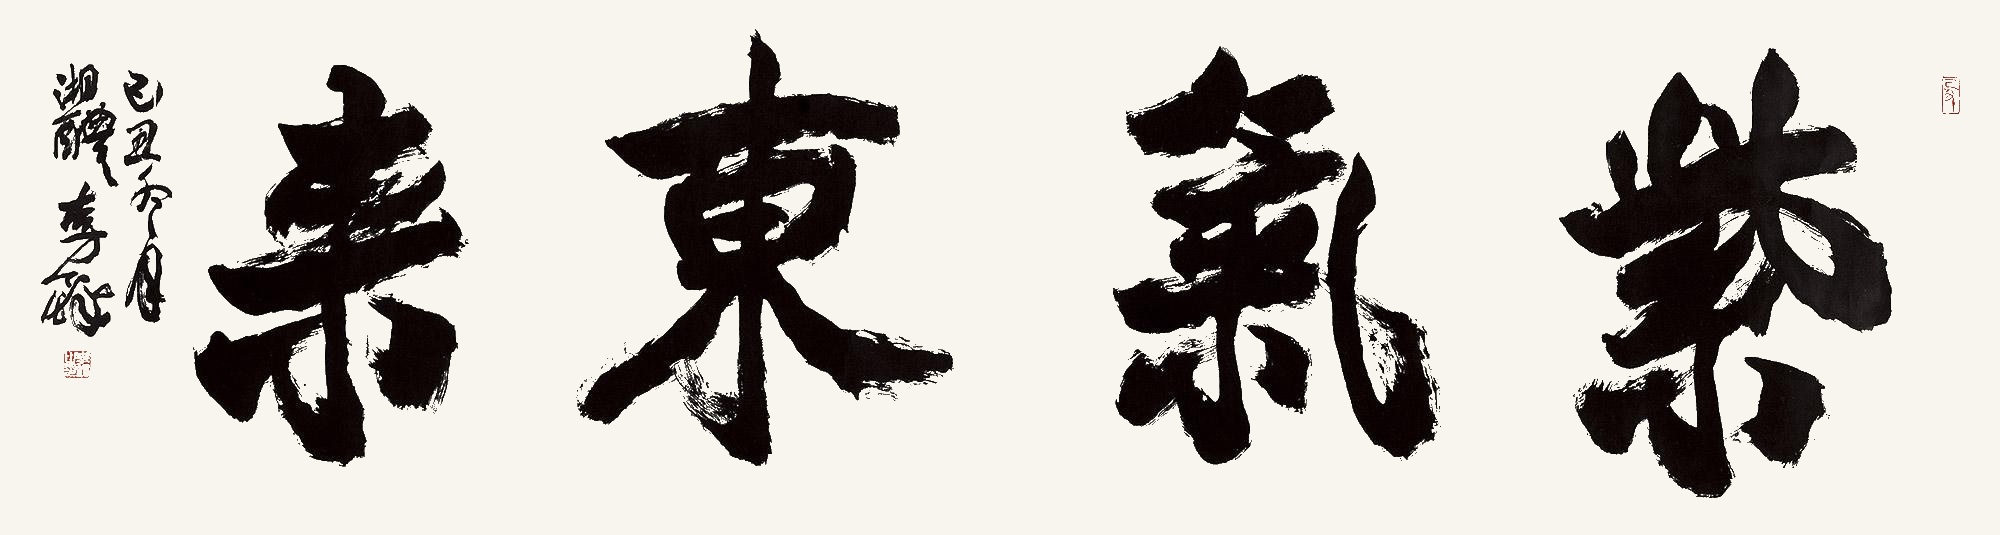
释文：紫气东来己丑冬月，湘醴李铎。